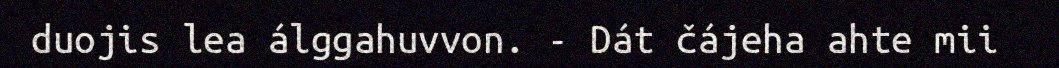
duojis lea álggahuvvon. - Dát čájeha ahte mii